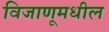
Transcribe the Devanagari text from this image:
विजाणूमधील